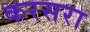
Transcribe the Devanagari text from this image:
करसरा